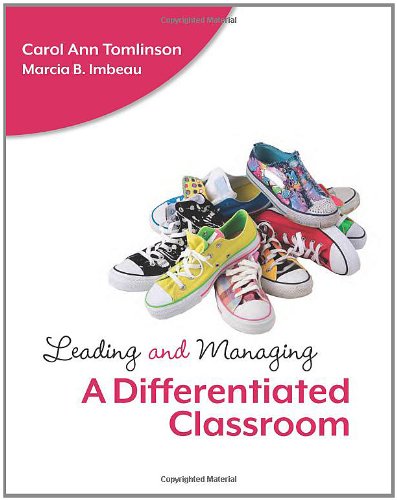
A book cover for Leading and Managing a Differentiated Classroom (Professional Development); Carol Ann Tomlinson; Reference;